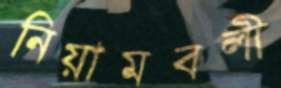
নিয়ামবলী